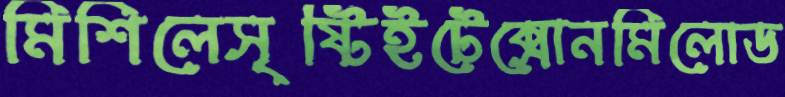
মিশিলেসৃষ্টিইটেক্সোনমিলোড